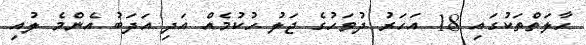
ހާލަތްތަކުގައި 18 އަހަރު ދުވަހުގެ ޖަލު ހުކުމެއް އަދި އަދަބު އެންމެ ލުއި